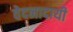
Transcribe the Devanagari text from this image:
वेदनादायी